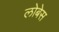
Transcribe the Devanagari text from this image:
लोबेस